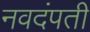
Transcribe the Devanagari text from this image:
नवदंपती